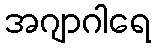
အဂျာဂါရေ